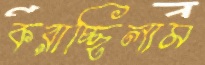
করাচ্ছিলাম